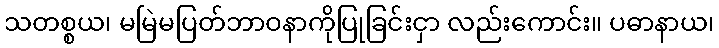
သတစ္စယ၊ မမြဲမပြတ်ဘာဝနာကိုပြုခြင်းငှာ လည်းကောင်း။ ပဓာနာယ၊